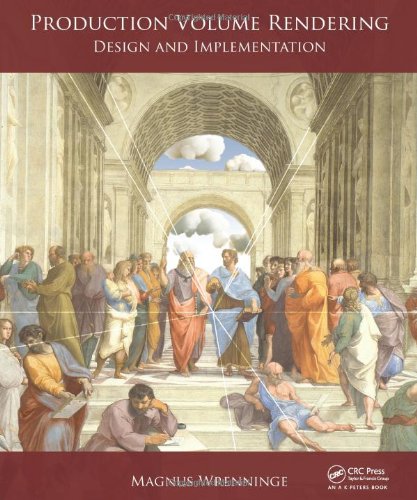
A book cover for Production Volume Rendering: Design and Implementation; Magnus Wrenninge; Computers & Technology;